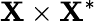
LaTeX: \mathbf{X}\times\mathbf{X}^{*}